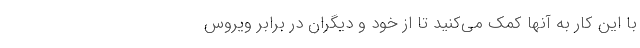
با این کار به آنها کمک می‌کنید تا از خود و دیگران در برابر ویروس